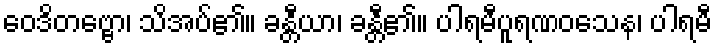
ဝေဒိတဗ္ဗော၊ သိအပ်၏။ ခန္တီယာ၊ ခန္တီ၏။ ပါရမီပူရဏဝသေန၊ ပါရမီ